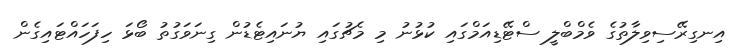
އިނގިރޭސިވިލާތުގެ ވެމްބްލީ ސްޓޭޑިއަމްގައި ކުޅުނު މި މެޗުގައި ޔުނައިޓެޑުން ގިނަވަގުތު ބޯޅަ ހިފަހައްޓައިގެން